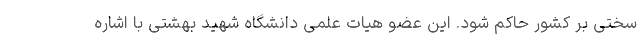
سختی بر کشور حاکم شود. این عضو هیات علمی دانشگاه شهید بهشتی با اشاره